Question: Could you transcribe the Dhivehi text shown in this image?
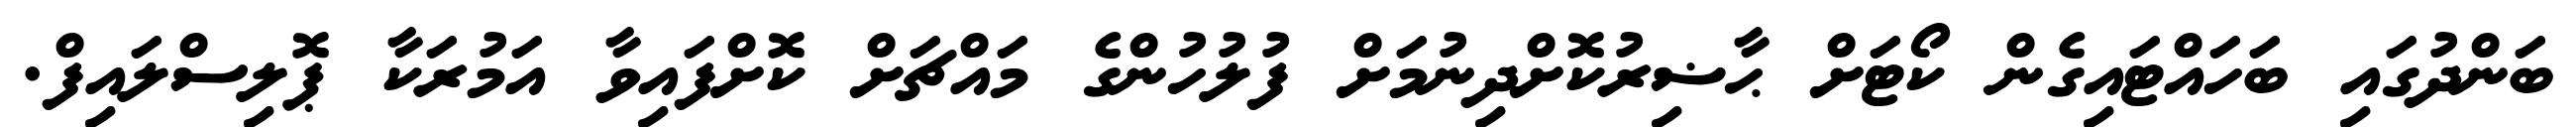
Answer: ބަންދުގައި ބަހައްޓައިގެން ކޯޓަށް ޙާޟިރުކޮށްދިނުމަށް ފުލުހުންގެ މައްޗަށް ކޮށްފައިވާ އަމުރަކާ ޕޮލިސްލައިފް.